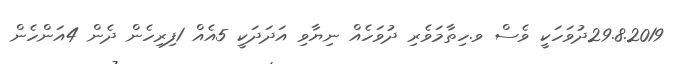
29.8.2019ދުވަހަކީ ވެސް ވ.ހިތާމަވެރި ދުވަހެއް ނިޔާވި އަދަދަކީ 5އެއް 1ފިރިހެން ދެން 4އަންހެން